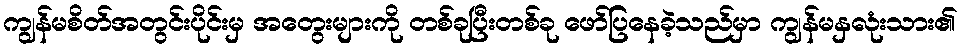
ကျွန်မစိတ်အတွင်းပိုင်းမှ အတွေးများကို တစ်ခုပြီးတစ်ခု ဖော်ပြနေခဲ့သည်မှာ ကျွန်မနှလုံးသား၏